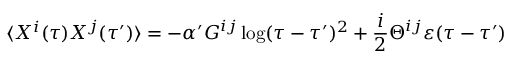
\langle X ^ { i } ( \tau ) X ^ { j } ( \tau ^ { \prime } ) \rangle = - \alpha ^ { \prime } G ^ { i j } \log ( \tau - \tau ^ { \prime } ) ^ { 2 } + { \frac { i } { 2 } } \Theta ^ { i j } \varepsilon ( \tau - \tau ^ { \prime } )